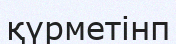
қүрметінп